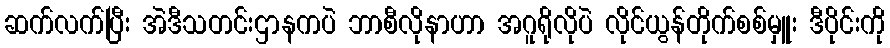
ဆက်လက်ပြီး အဲဒီသတင်းဌာနကပဲ ဘာစီလိုနာဟာ အဂူရိုလိုပဲ လိုင်ယွန်တိုက်စစ်မှူး ဒီပိုင်းကို